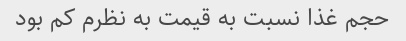
حجم غذا نسبت به قیمت به نظرم کم بود